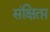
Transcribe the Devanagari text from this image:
संक्षित्प्त